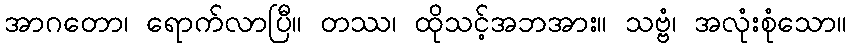
အာဂတော၊ ရောက်လာပြီ။ တဿ၊ ထိုသင့်အဘအား။ သဗ္ဗံ၊ အလုံးစုံသော။